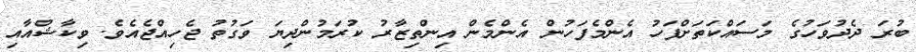
ބުރަ ދެދުވަހުގެ މަސައްކަތަށްފަހު އެންމެފަހުން އެންމެން އިންތިޒާރު ކުރަމުންދިޔަ ވަގުތު ޖެހިއްޖެއެވެ. ވިކާޝްއާއި